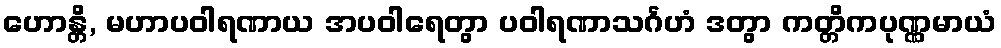
ဟောန္တိ, မဟာပဝါရဏာယ အပဝါရေတွာ ပဝါရဏာသင်္ဂဟံ ဒတွာ ကတ္တိကပုဏ္ဏမာယံ